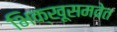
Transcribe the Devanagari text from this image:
भिक्खूसमवेत